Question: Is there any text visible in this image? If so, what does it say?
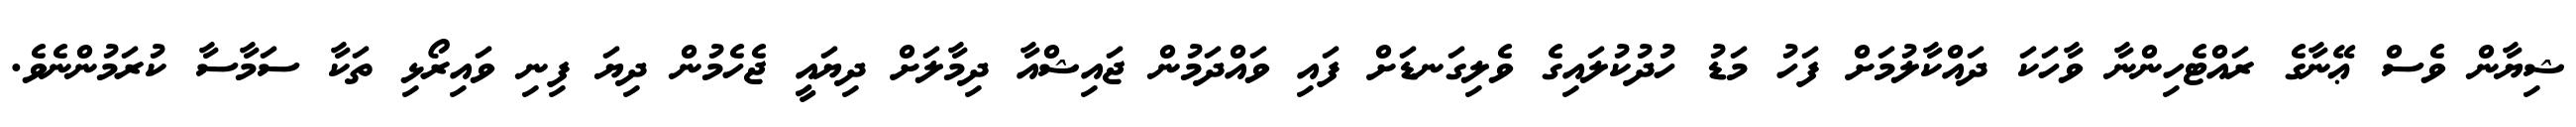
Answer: ޝިޔާން ވެސް ޢޭނާގެ ރައްޓެހިންނާ ވާހަކަ ދައްކާލުމަށް ފަހު މަޑު ހުދުކުލައިގެ ވެލިގަނޑަށް ފައި ވައްދަމުން ޖައިޝްއާ ދިމާލަށް ދިޔައީ ޖެހެމުން ދިޔަ ފިނި ވައިރޯޅި ތަކާ ސަމާސާ ކުރަމުންނެވެ.